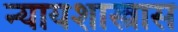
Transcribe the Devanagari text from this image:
न्यायशास्त्रास